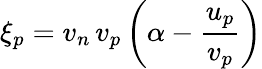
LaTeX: \xi_{p}=v_{n}\, v_{p}\left(\alpha-\frac{u_{p}}{v_{p}}\right)